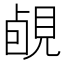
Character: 䚃